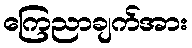
ကြေညာချက်အား